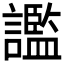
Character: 𧭗